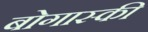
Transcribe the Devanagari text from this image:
बोगास्की